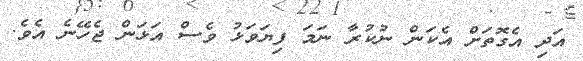
އަދި އެގޮތަށް އެކަން ނުކުރާ ނަމަ ފިޔަވަޅު ވެސް އަޅަން ޖެހޭނެ އެވެ.